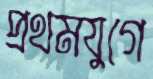
প্রথমযুগে